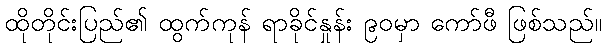
ထိုတိုင်းပြည်၏ ထွက်ကုန် ရာခိုင်နှုန်း ၉၀မှာ ကော်ဖီ ဖြစ်သည်။